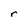
Character: r